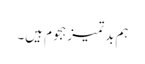
ہم بدتمیز ہجوم ہیں۔